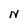
Character: N